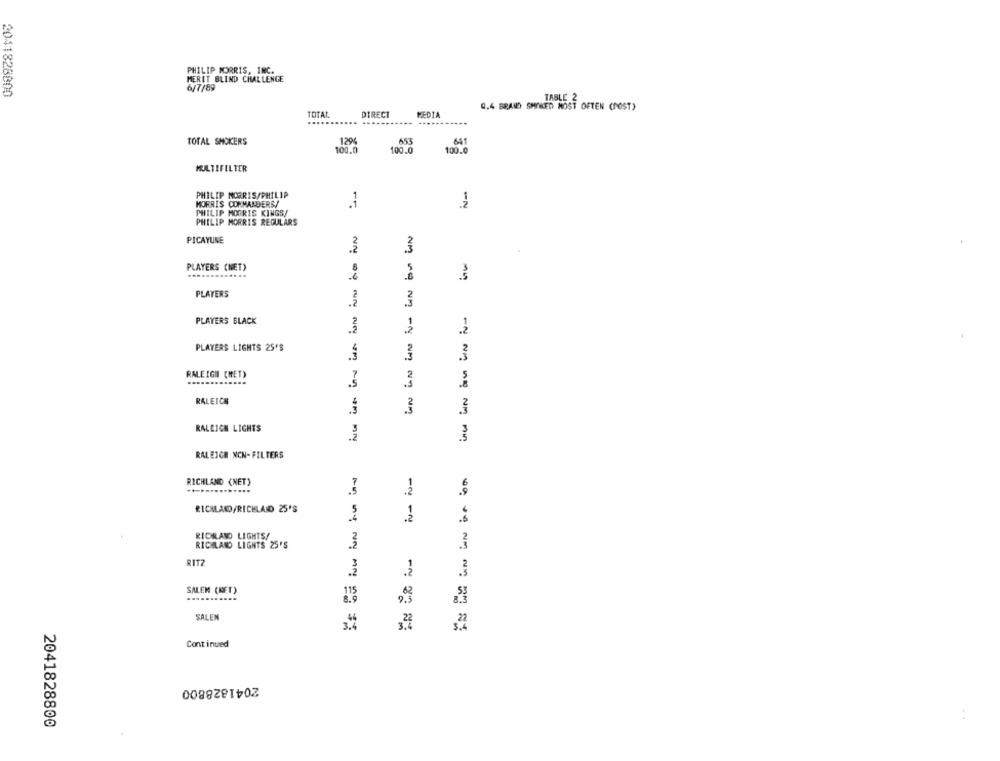
PHILIP MORRIS, INC.
MERET BLIND CHALLENGE
6/7/89
2041828800
TABLE 2
Q.4 BRAND SMOKED MOST OFTEN (POST)
TOTAL
DIRECT
MEDIA
TOTAL SMOKERS
1294
651
100,0
100.0
100.0
MULTIFILTER
PHILIP MORRIS/PHILIP
MORRIS CONMANDERS/
-N
PHILIP MORRIS KINGS/
PHILIP MORRIS REGULARS
PICAYUNE
PLAYERS (NET)
5
PLAYERS
PLAYERS BLACK
1
2
.2
PLAYERS LIGHTS 25'S
.3
NM
RALEIGH (MET)
2
RALEICH
NM
RALEIGH LIGHTS
RALEIGH NON-FILTERS
RICHLAND (NET)
.2
RICALAND/RICHLAND 25'S
.2
.6
RICHLAND LIGHTS/
RICHLAND LIGHTS 25'S
3
RITZ
NOT My
SALEN (NET)
SALEN
Continued
2041828800
2041828800